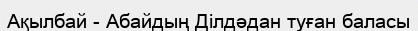
Ақылбай - Абайдың Ділдәдан туған баласы